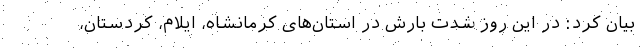
بیان کرد: در این روز شدت بارش در استان‌های کرمانشاه، ایلام، کردستان،